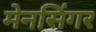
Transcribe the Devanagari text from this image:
मेनसिंगर